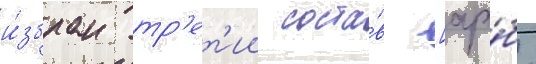
и́збран тр'ет'ии соста́в [ара́б.